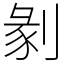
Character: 剶